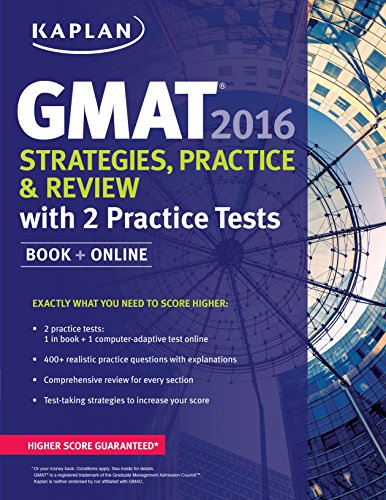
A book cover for Kaplan GMAT 2016 Strategies, Practice, and Review with 2 Practice Tests: Book + Online (Kaplan Test Prep); Kaplan; Test Preparation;